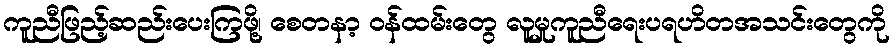
ကူညီဖြည့်ဆည်းပေးကြဖို့၊ စေတနာ့ ဝန်ထမ်းတွေ လူမှုကူညီရေးပရဟိတအသင်းတွေကို